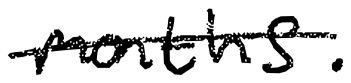
Text: months.
Cross-out: single-line
Writing tool: digital_black